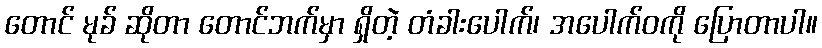
တောင် မုခ် ဆိုတာ တောင်ဘက်မှာ ရှိတဲ့ တံခါးပေါက်၊ အပေါက်ဝကို ပြောတာပါ။